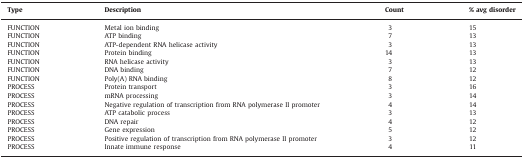
<table><thead><tr><td><b>Type</b></td><td><b>Description</b></td><td><b>Count</b></td><td><b>% avg disorder</b></td></tr></thead><tbody><tr><td>FUNCTION</td><td>Metal ion binding</td><td>3</td><td>15</td></tr><tr><td>FUNCTION</td><td>ATP binding</td><td>7</td><td>13</td></tr><tr><td>FUNCTION</td><td>ATP-dependent RNA helicase activity</td><td>3</td><td>13</td></tr><tr><td>FUNCTION</td><td>Protein binding</td><td>14</td><td>13</td></tr><tr><td>FUNCTION</td><td>RNA helicase activity</td><td>3</td><td>13</td></tr><tr><td>FUNCTION</td><td>DNA binding</td><td>7</td><td>12</td></tr><tr><td>FUNCTION</td><td>Poly(A) RNA binding</td><td>8</td><td>12</td></tr><tr><td>PROCESS</td><td>Protein transport</td><td>3</td><td>16</td></tr><tr><td>PROCESS</td><td>mRNA processing</td><td>3</td><td>14</td></tr><tr><td>PROCESS</td><td>Negative regulation of transcription from RNA polymerase II promoter</td><td>4</td><td>14</td></tr><tr><td>PROCESS</td><td>ATP catabolic process</td><td>3</td><td>13</td></tr><tr><td>PROCESS</td><td>DNA repair</td><td>4</td><td>12</td></tr><tr><td>PROCESS</td><td>Gene expression</td><td>5</td><td>12</td></tr><tr><td>PROCESS</td><td>Positive regulation of transcription from RNA polymerase II promoter</td><td>3</td><td>12</td></tr><tr><td>PROCESS</td><td>Innate immune response</td><td>4</td><td>11</td></tr></tbody></table>